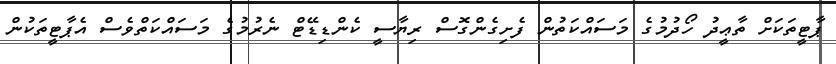
ޕާޓީތަކަށް ތާޢީދު ހޯދުމުގެ މަސައްކަތުން ފެށިގެންގޮސް ރިޔާސީ ކެންޑިޑޭޓް ނެރުމުގެ މަސައްކަތްވެސް އެޕާޓީތަކުން